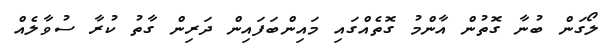
ލޯގަން ބުނާ ގޮތުން އާންމު ގޮތެއްގައި މައިންބަފައިން ދަރިން ގާތު ކުރާ ސުވާލެއް